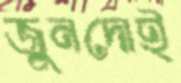
জুনদোই